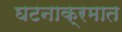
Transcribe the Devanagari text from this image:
घटनाक्रमात